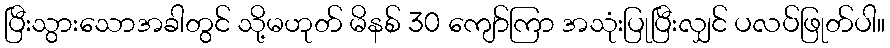
ပြီးသွားသောအခါတွင် သို့မဟုတ် မိနစ် 30 ကျော်ကြာ အသုံးပြုပြီးလျှင် ပလပ်ဖြုတ်ပါ။